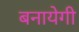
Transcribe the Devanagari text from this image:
बनायेगी